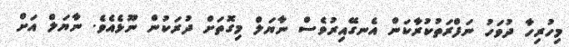
މިހުރިހާ ދުވަހު ނަފްރަތުކުރާކަން އެނގޭއިރުވެސް ނާޔަލް މިގޮތަށް ދުރަކުން ނޫޅެއެވެ. ނާޔަލް އަށް